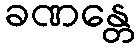
ခဏန္တေ